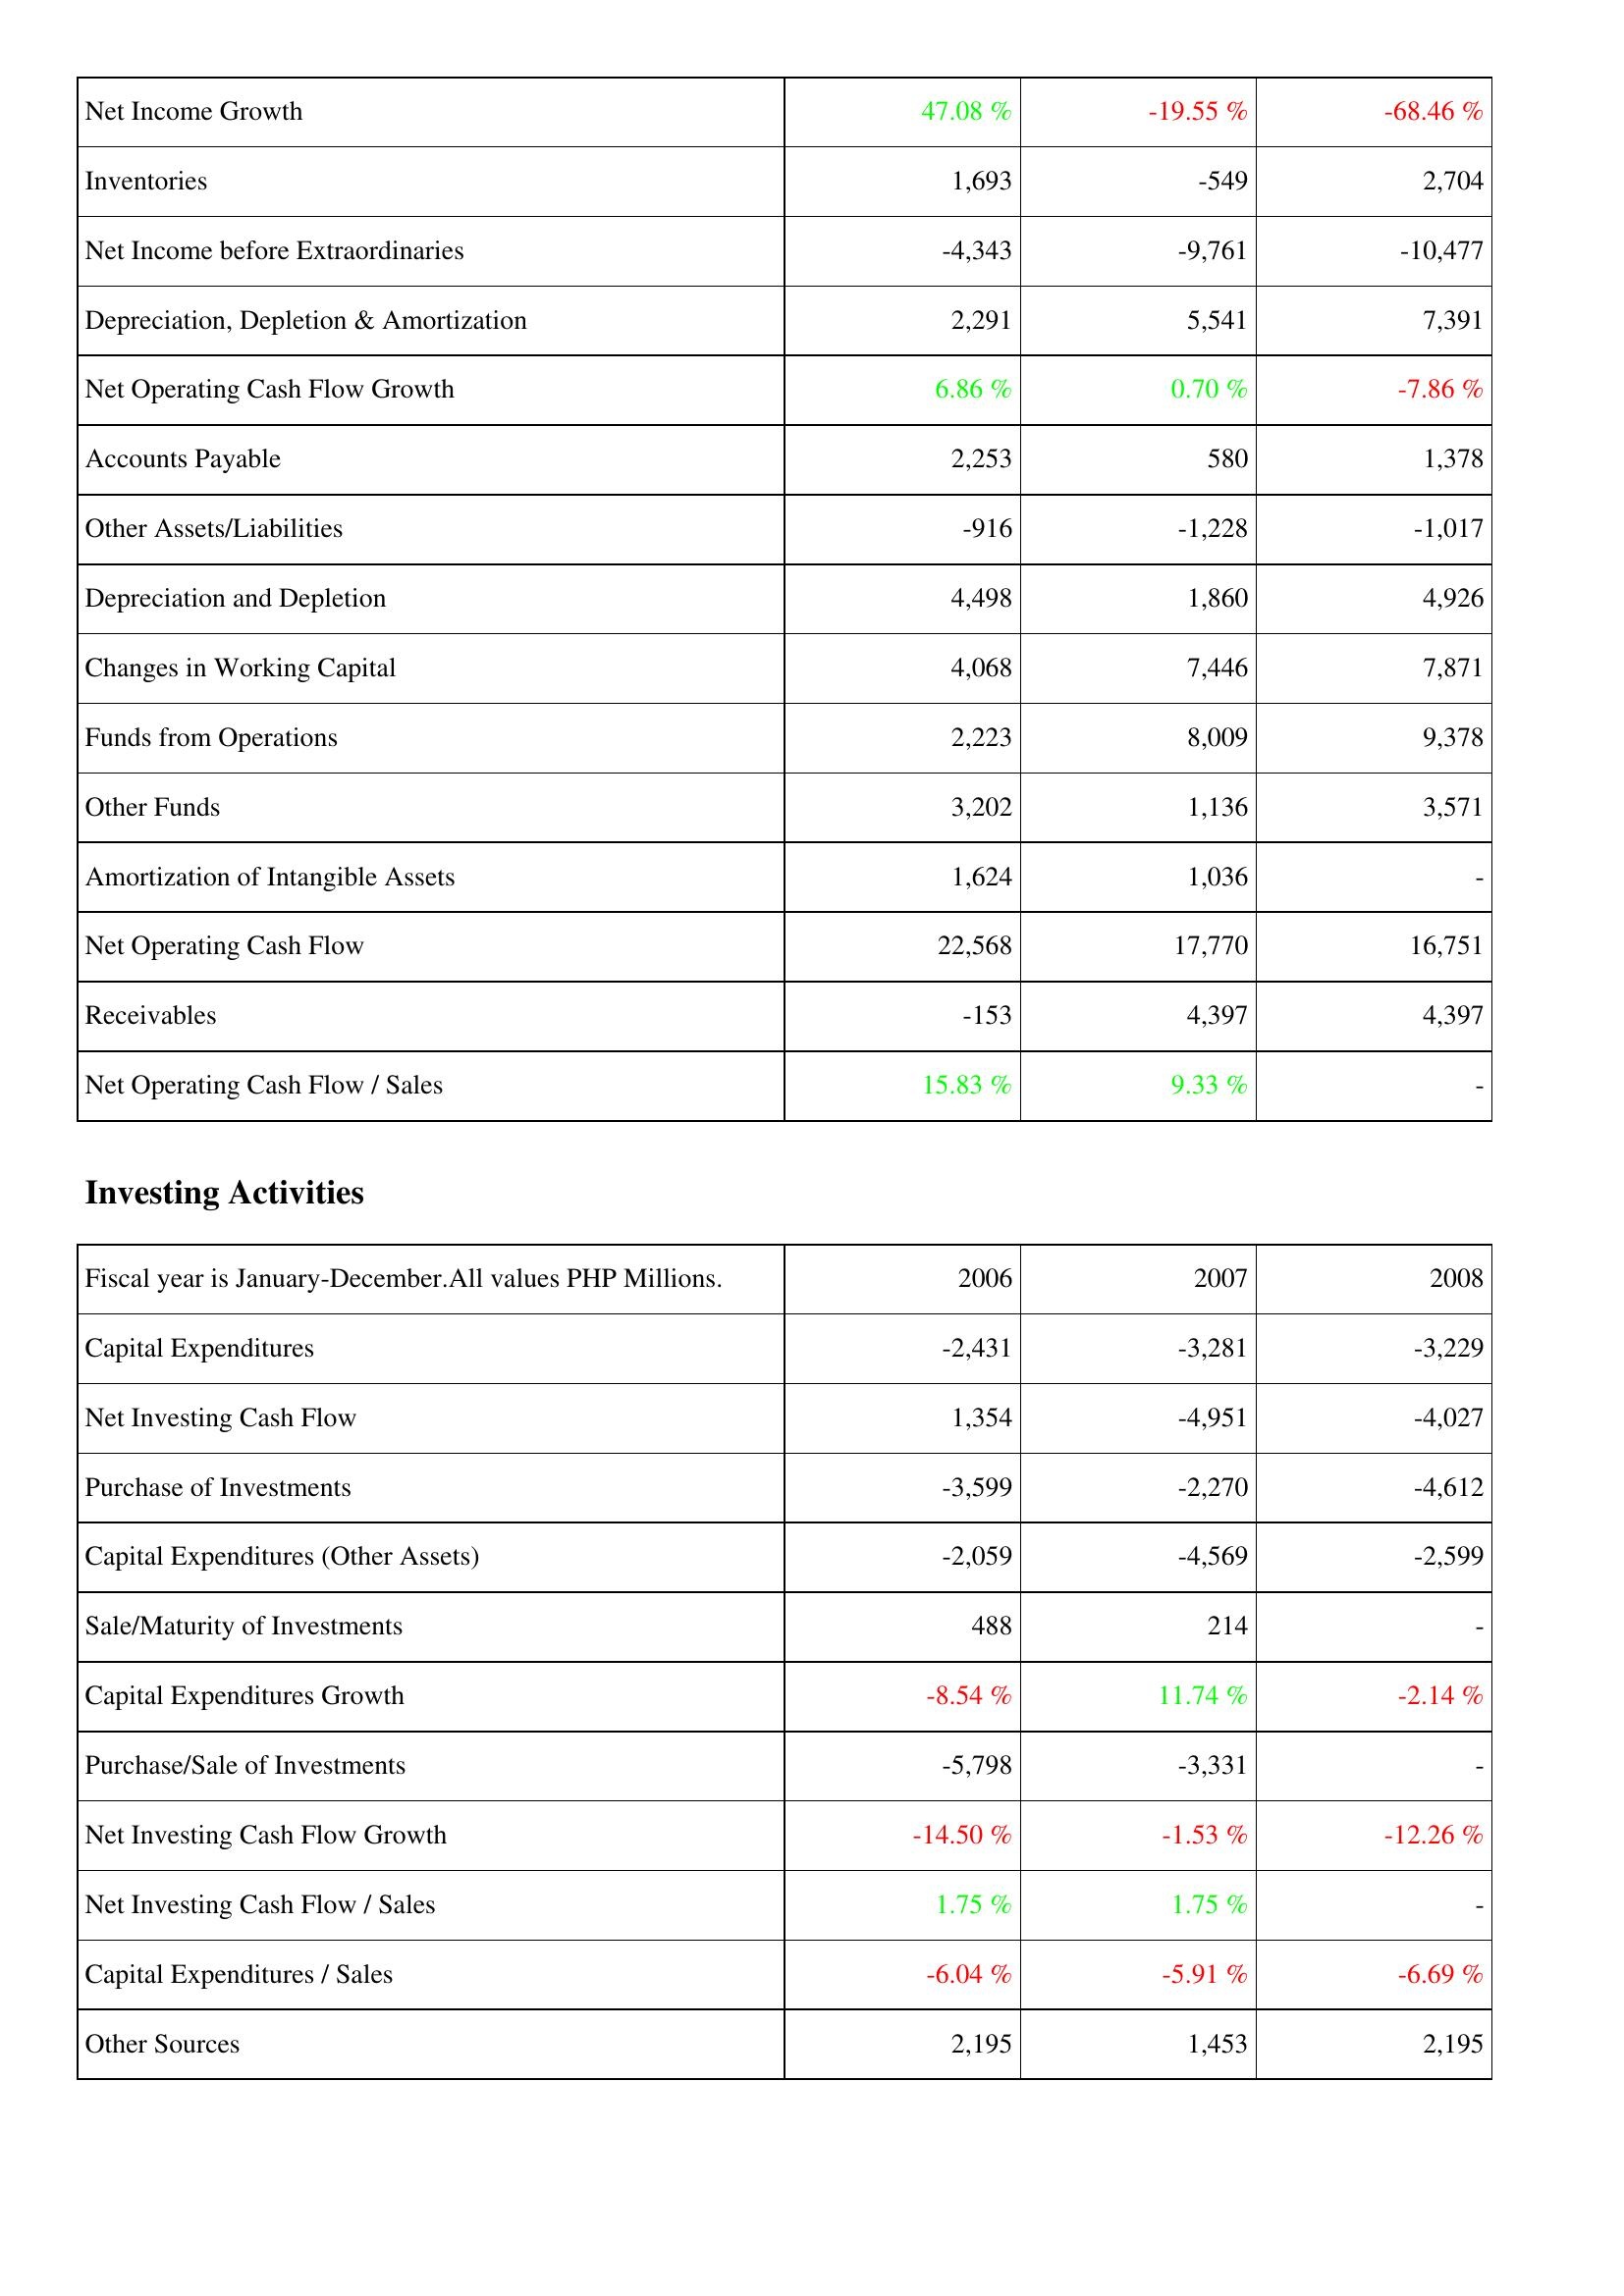
2006: Operating Activities: Net Income Growth: 47.08 %
Inventories: 1,693
Net Income before Extraordinaries: -4,343
Depreciation, Depletion & Amortization: 2,291
Net Operating Cash Flow Growth: 6.86 %
Accounts Payable: 2,253
Other Assets/Liabilities: -916
Depreciation and Depletion: 4,498
Changes in Working Capital: 4,068
Funds from Operations: 2,223
Other Funds: 3,202
Amortization of Intangible Assets: 1,624
Net Operating Cash Flow: 22,568
Receivables: -153
Net Operating Cash Flow / Sales: 15.83 %
Investing Activities: Capital Expenditures: -2,431
Net Investing Cash Flow: 1,354
Purchase of Investments: -3,599
Capital Expenditures (Other Assets): -2,059
Sale/Maturity of Investments: 488
Capital Expenditures Growth: -8.54 %
Purchase/Sale of Investments: -5,798
Net Investing Cash Flow Growth: -14.50 %
Net Investing Cash Flow / Sales: 1.75 %
Capital Expenditures / Sales: -6.04 %
Other Sources: 2,195
2007: Operating Activities: Net Income Growth: -19.55 %
Inventories: -549
Net Income before Extraordinaries: -9,761
Depreciation, Depletion & Amortization: 5,541
Net Operating Cash Flow Growth: 0.70 %
Accounts Payable: 580
Other Assets/Liabilities: -1,228
Depreciation and Depletion: 1,860
Changes in Working Capital: 7,446
Funds from Operations: 8,009
Other Funds: 1,136
Amortization of Intangible Assets: 1,036
Net Operating Cash Flow: 17,770
Receivables: 4,397
Net Operating Cash Flow / Sales: 9.33 %
Investing Activities: Capital Expenditures: -3,281
Net Investing Cash Flow: -4,951
Purchase of Investments: -2,270
Capital Expenditures (Other Assets): -4,569
Sale/Maturity of Investments: 214
Capital Expenditures Growth: 11.74 %
Purchase/Sale of Investments: -3,331
Net Investing Cash Flow Growth: -1.53 %
Net Investing Cash Flow / Sales: 1.75 %
Capital Expenditures / Sales: -5.91 %
Other Sources: 1,453
2008: Operating Activities: Net Income Growth: -68.46 %
Inventories: 2,704
Net Income before Extraordinaries: -10,477
Depreciation, Depletion & Amortization: 7,391
Net Operating Cash Flow Growth: -7.86 %
Accounts Payable: 1,378
Other Assets/Liabilities: -1,017
Depreciation and Depletion: 4,926
Changes in Working Capital: 7,871
Funds from Operations: 9,378
Other Funds: 3,571
Amortization of Intangible Assets: -
Net Operating Cash Flow: 16,751
Receivables: 4,397
Net Operating Cash Flow / Sales: -
Investing Activities: Capital Expenditures: -3,229
Net Investing Cash Flow: -4,027
Purchase of Investments: -4,612
Capital Expenditures (Other Assets): -2,599
Sale/Maturity of Investments: -
Capital Expenditures Growth: -2.14 %
Purchase/Sale of Investments: -
Net Investing Cash Flow Growth: -12.26 %
Net Investing Cash Flow / Sales: -
Capital Expenditures / Sales: -6.69 %
Other Sources: 2,195